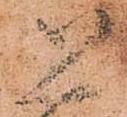
恐